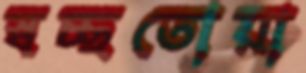
স্বচ্ছতোয়া